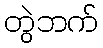
တွဲဘက်